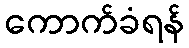
ကောက်ခံရန်